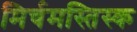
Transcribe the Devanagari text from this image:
मिर्चमस्तिस्क